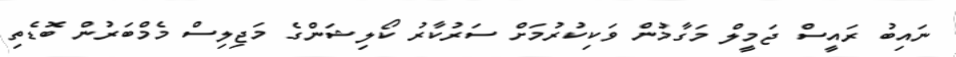
ނައިބު ރައީސް ޖަމީލް މަގާމުން ވަކިކުރުމަށް ސަރުކާރު ކޯލިޝަންގެ މަޖިލިސް މެމްބަރުން ބޮޑެތި